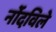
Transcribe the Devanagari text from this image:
नोंंदविले